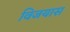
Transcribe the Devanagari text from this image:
विजयास